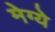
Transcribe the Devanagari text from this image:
मेग्ये